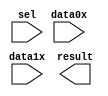
// This program was cloned from: https://github.com/olgirard/openmsp430
// License: BSD 3-Clause "New" or "Revised" License

// megafunction wizard: %LPM_MUX%VBB%
// GENERATION: STANDARD
// VERSION: WM1.0
// MODULE: LPM_MUX 

// ============================================================
// Megafunction Name(s):
// 			LPM_MUX
//
// Simulation Library Files(s):
// 			lpm
// ============================================================
// ************************************************************
// THIS IS A WIZARD-GENERATED FILE. DO NOT EDIT THIS FILE!
//
// 14.1.0 Build 186 12/03/2014 SJ Full Version
// ************************************************************

//Copyright (C) 1991-2014 Altera Corporation. All rights reserved.
//Your use of Altera Corporation's design tools, logic functions 
//and other software and tools, and its AMPP partner logic 
//functions, and any output files from any of the foregoing 
//(including device programming or simulation files), and any 
//associated documentation or information are expressly subject 
//to the terms and conditions of the Altera Program License 
//Subscription Agreement, the Altera Quartus II License Agreement,
//the Altera MegaCore Function License Agreement, or other 
//applicable license agreement, including, without limitation, 
//that your use is for the sole purpose of programming logic 
//devices manufactured by Altera and sold by Altera or its 
//authorized distributors.  Please refer to the applicable 
//agreement for further details.

module counter_bus_mux (
	data0x,
	data1x,
	sel,
	result);

	input	[3:0]  data0x;
	input	[3:0]  data1x;
	input	  sel;
	output	[3:0]  result;

endmodule

// ============================================================
// CNX file retrieval info
// ============================================================
// Retrieval info: PRIVATE: INTENDED_DEVICE_FAMILY STRING "Cyclone V"
// Retrieval info: PRIVATE: SYNTH_WRAPPER_GEN_POSTFIX STRING "0"
// Retrieval info: PRIVATE: new_diagram STRING "1"
// Retrieval info: LIBRARY: lpm lpm.lpm_components.all
// Retrieval info: CONSTANT: LPM_SIZE NUMERIC "2"
// Retrieval info: CONSTANT: LPM_TYPE STRING "LPM_MUX"
// Retrieval info: CONSTANT: LPM_WIDTH NUMERIC "4"
// Retrieval info: CONSTANT: LPM_WIDTHS NUMERIC "1"
// Retrieval info: USED_PORT: data0x 0 0 4 0 INPUT NODEFVAL "data0x[3..0]"
// Retrieval info: USED_PORT: data1x 0 0 4 0 INPUT NODEFVAL "data1x[3..0]"
// Retrieval info: USED_PORT: result 0 0 4 0 OUTPUT NODEFVAL "result[3..0]"
// Retrieval info: USED_PORT: sel 0 0 0 0 INPUT NODEFVAL "sel"
// Retrieval info: CONNECT: @data 0 0 4 0 data0x 0 0 4 0
// Retrieval info: CONNECT: @data 0 0 4 4 data1x 0 0 4 0
// Retrieval info: CONNECT: @sel 0 0 1 0 sel 0 0 0 0
// Retrieval info: CONNECT: result 0 0 4 0 @result 0 0 4 0
// Retrieval info: GEN_FILE: TYPE_NORMAL counter_bus_mux.v TRUE
// Retrieval info: GEN_FILE: TYPE_NORMAL counter_bus_mux.inc FALSE
// Retrieval info: GEN_FILE: TYPE_NORMAL counter_bus_mux.cmp FALSE
// Retrieval info: GEN_FILE: TYPE_NORMAL counter_bus_mux.bsf TRUE
// Retrieval info: GEN_FILE: TYPE_NORMAL counter_bus_mux_inst.v FALSE
// Retrieval info: GEN_FILE: TYPE_NORMAL counter_bus_mux_bb.v TRUE
// Retrieval info: LIB_FILE: lpm